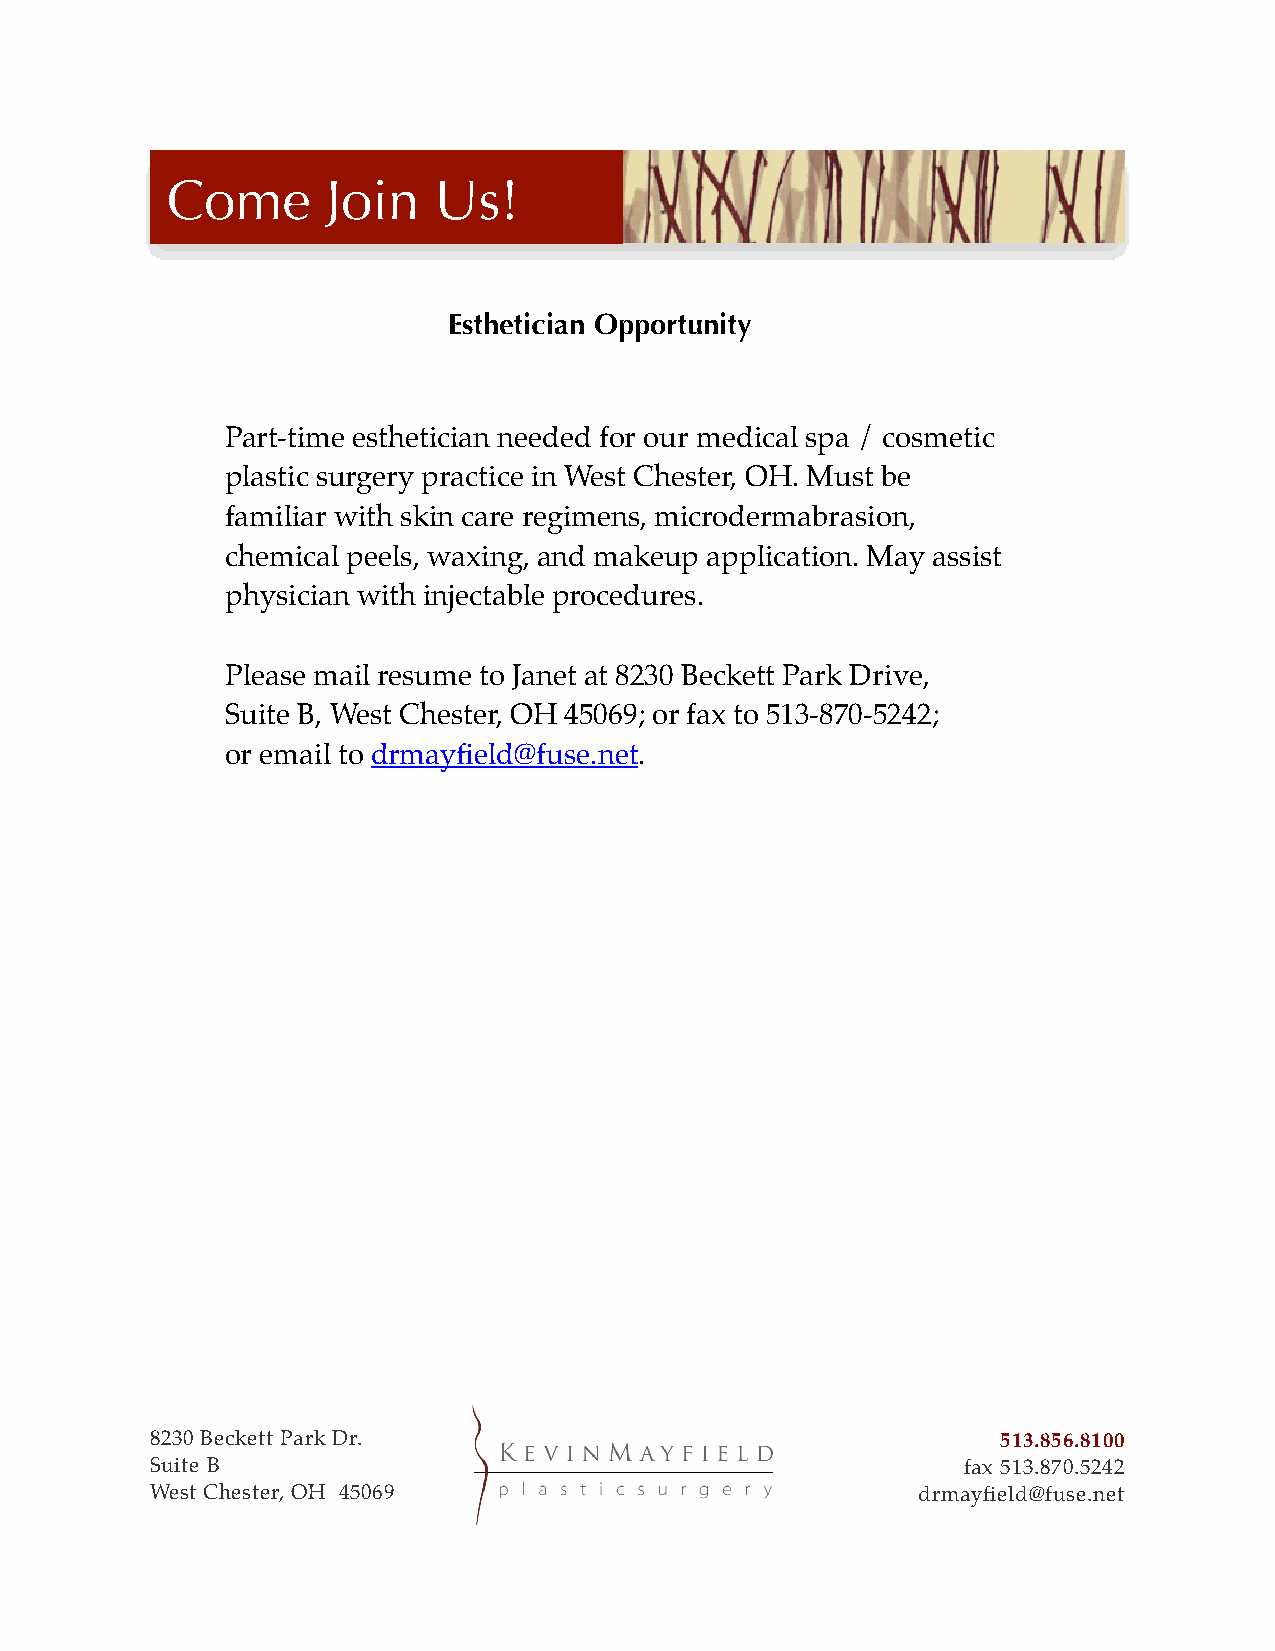
Come       Join   Us!
                                                                "
 "
 "
 Esthetician Opportunity
 "
 Part-time esthetician needed for our medical spa / cosmetic
 plastic surgery practice in West Chester, OH. Must be
 familiar with skin care regimens, microdermabrasion,
 chemical peels, waxing, and makeup application. May assist
 physician with injectable procedures.
 Please mail resume to Janet at 8230 Beckett Park Drive,
 Suite B, West Chester, OH 45069; or fax to 513-870-5242;
 or email to drmayfield@fuse.net.!
 "
 "
 "
 "
 "
 "
 "
 "
 "
 "
 "
 "
 "
 "
 "
 "
 "
 "
 "
 "
 "
 "
 "
 !"                                                              "
 8230 Beckett Park Dr.!                                  513.856.8100!
 Suite B!                                              fax 513.870.5242!
 West Chester, OH 45069!                            drmayfield@fuse.net